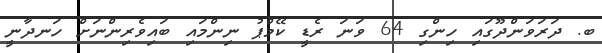
ބ. ދަރަވަންދޫގައި ހިންގި 64 ވަނަ ރެޑީ ކޭމްޕު ނިންމައި ބައިވެރިންނަށް ހަނދާނީ